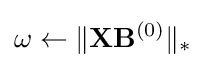
\omega \leftarrow \|\mathbf {X} \mathbf {B} ^{(0)}\|_{*}